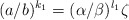
\begin{align*} (a/b)^{k_1}=(\alpha/\beta)^{l_1}\zeta\end{align*}